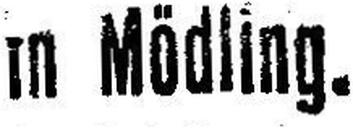
in Mödling.